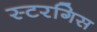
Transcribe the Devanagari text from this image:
स्टरगिस